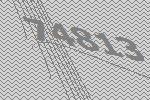
74813